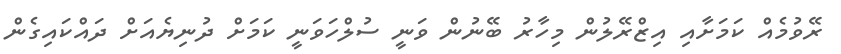
ރޭވުމެއް ކަމަށާއި އިޒްރޭލުން މިހާރު ބޭނުން ވަނީ ސުލްހަވަނީ ކަމަށް ދުނިޔެއަށް ދައްކައިގެން